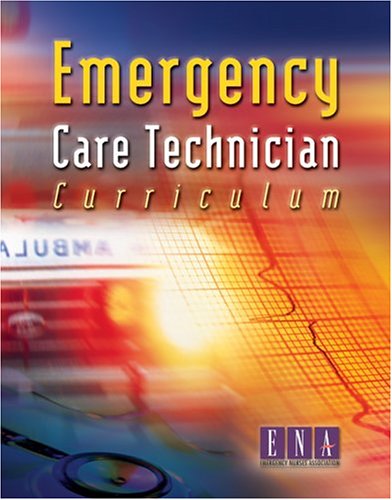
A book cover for Emergency Care Technician Curriculum; ENA; Medical Books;